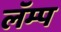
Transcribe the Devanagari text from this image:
लॅम्प